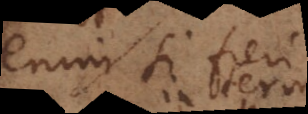
enim si fieri